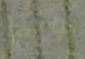
بوني